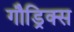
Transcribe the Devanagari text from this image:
गौड्रिक्स